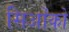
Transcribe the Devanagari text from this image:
सिओंको